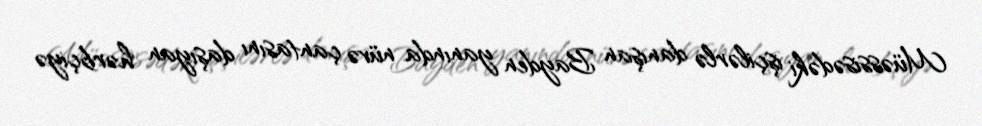
Müəssisədəki işçilərlə danışan Bayden yanında nüvə çantasını daşıyan hərbçiyə